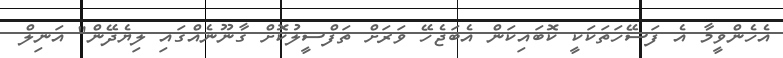
އެހެންވީމާ އެ ފަސޭހަތަކަކީ ކޮބައިކަން އެބަޖެހޭ ވަރަށް ތަފްސީލުކޮށް ގާނޫނެއްގައި ލިޔެދޭން" އަނިލް